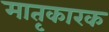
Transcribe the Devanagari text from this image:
मातृकारक